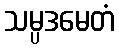
သမ္ပဒမေတံ